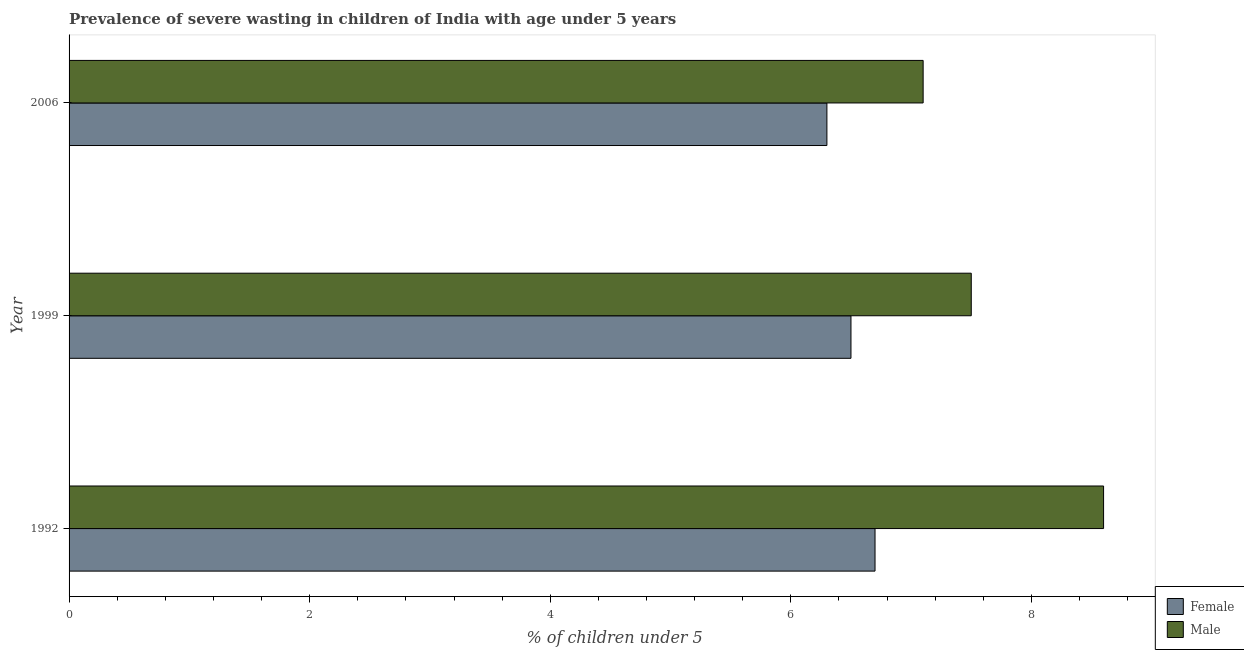
| Year | Female | Male |
 | --- | --- | --- |
 | 1992 | 6.7 | 8.6 |
 | 1999 | 6.5 | 7.5 |
 | 2006 | 6.3 | 7.1 |